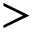
>